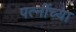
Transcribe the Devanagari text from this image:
पत्नींच्या